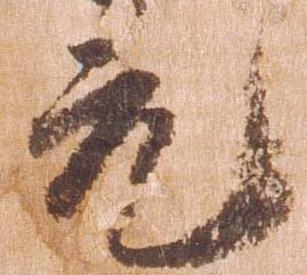
充